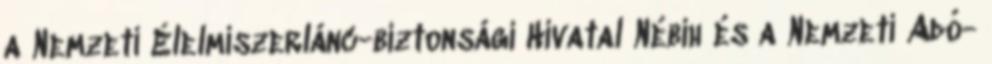
a Nemzeti Élelmiszerlánc-biztonsági Hivatal Nébih és a Nemzeti Adó-